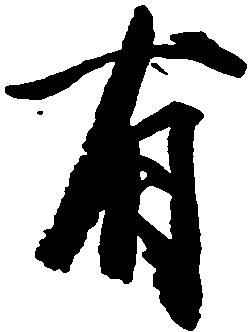
有